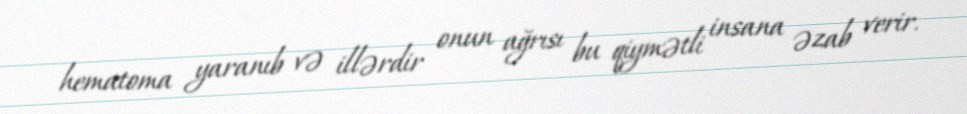
hematoma yaranıb və illərdir onun ağrısı bu qiymətli insana əzab verir.